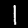
Digit: 1